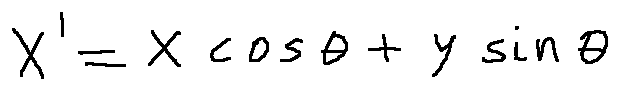
x ^ { \prime } = x \cos \theta + y \sin \theta